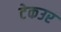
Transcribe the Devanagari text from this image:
टेकउर